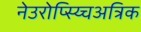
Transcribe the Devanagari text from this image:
नेउरोप्स्य्चिअत्रिक